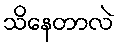
သိနေတာလဲ